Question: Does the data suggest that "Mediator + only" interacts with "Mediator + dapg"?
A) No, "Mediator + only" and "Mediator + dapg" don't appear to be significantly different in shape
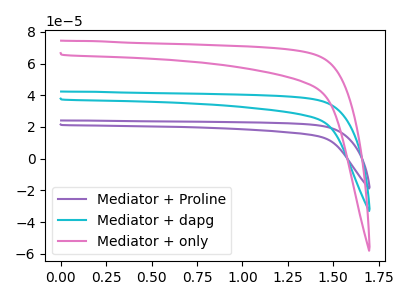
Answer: <think>The purple curve "Mediator + Proline" has no peaks. The cyan curve "Mediator + dapg" has no peaks. The pink curve "Mediator + only" has no peaks.
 Neither "Mediator + only" or "Mediator + dapg" have any peaks.</think>
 <answer>A) No, "Mediator + only" and "Mediator + dapg" don't appear to be significantly different in shape</answer>
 <eval>A</eval>